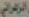
الزهراني